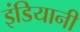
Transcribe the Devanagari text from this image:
इंडियानी